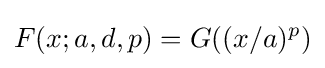
F(x;a,d,p)=G((x/a)^{p})